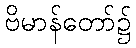
ဗိမာန်တော်၌